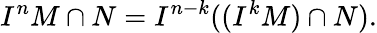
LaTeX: I^{n}M\cap N=I^{n-k}((I^{k}M)\cap N).